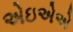
એઇએએ